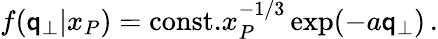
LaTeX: f(\mathsf{q}_{\bot}|x_{P})=\mathrm{{const.}}x_{P}^{-1/3}\exp(-a\mathsf{q}_{\bot})\mathrm{{\, .}}